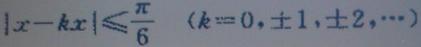
$|x - k \pi| \leqslant \frac{\pi}{6} \quad (k = 0, \pm 1, \pm 2, \cdots)$